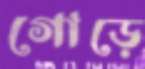
গোড়ে